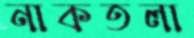
নাকতলা